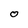
Character: 0